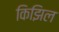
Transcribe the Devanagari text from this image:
किझिल